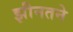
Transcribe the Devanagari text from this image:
झीनतने